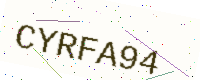
Text: CYRFA94